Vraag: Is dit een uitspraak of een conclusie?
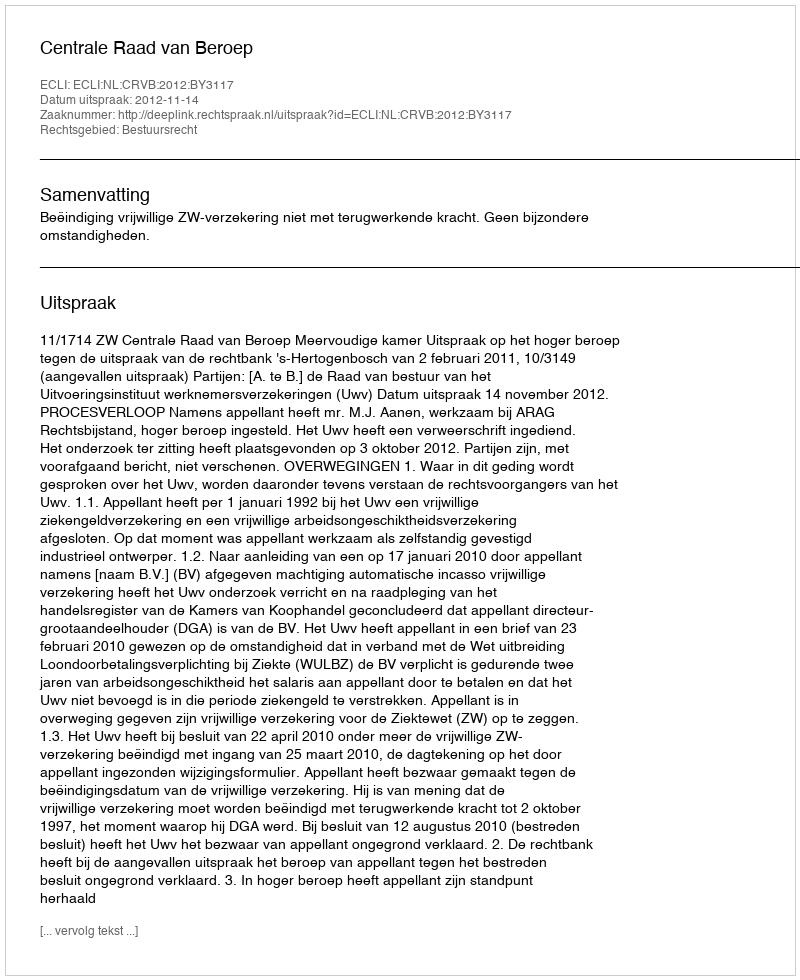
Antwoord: Uitspraak